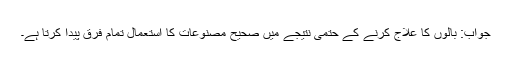
جواب: بالوں کا علاج کرنے کے حتمی نتیجے میں صحیح مصنوعات کا استعمال تمام فرق پیدا کرتا ہے۔